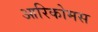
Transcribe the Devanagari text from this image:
आरिकोमस